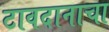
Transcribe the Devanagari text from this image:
टावदानाचा